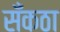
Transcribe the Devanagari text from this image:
सँकठा